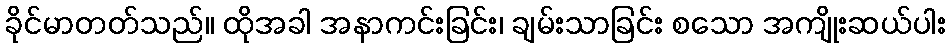
ခိုင်မာတတ်သည်။ ထိုအခါ အနာကင်းခြင်း၊ ချမ်းသာခြင်း စသော အကျိုးဆယ်ပါး